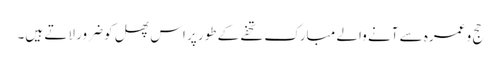
حج و عمرہ سے آنے والے مبارک تحفے کے طور پر اس پھل کو ضرور لاتے ہیں۔